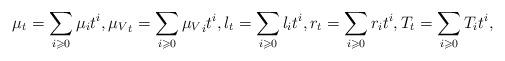
LaTeX: \begin{align*}\mu_t=\sum_{i\geqslant 0}\mu_it^i,{\mu_{V}}_{t}=\sum_{i\geqslant 0}{\mu_{V}}_{i}t^i,l_t=\sum_{i\geqslant 0}l_it^i,r_t=\sum_{i\geqslant 0}r_it^i,T_t=\sum_{i\geqslant 0}T_it^i,\end{align*}